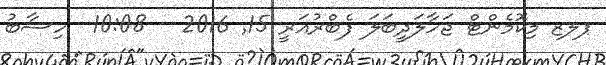
ޕލޒ މިކޮމެންޓް ޖަހާލަދީބަލަ ފެބްރުއަރީ 15